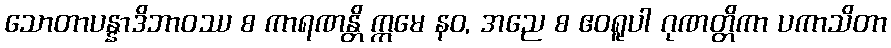
သောတာပန္နာဒိဘာဝဿ စ ကာရဏန္တိ ဣမေ နဝ, အညေ စ ဧဝရူပါ ဂုဏတ္တိကာ ပကာသိတာ